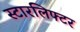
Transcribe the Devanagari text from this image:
स्टारलिफ्टर